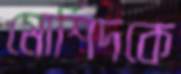
মোর্শিদকে